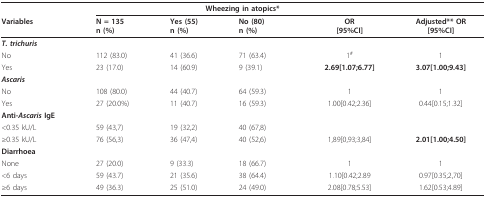
<table><thead><tr><td colspan="6"><b>Wheezing in atopics*</b></td></tr><tr><td><b>Variables</b></td><td><b>N = 135n (%)</b></td><td><b>Yes (55)n (%)</b></td><td><b>No (80)n (%)</b></td><td><b>OR[95%CI]</b></td><td><b>Adjusted** OR[95%CI]</b></td></tr></thead><tbody><tr><td><b><i>T. trichuris</i></b></td><td></td><td></td><td></td><td></td><td></td></tr><tr><td>No</td><td>112 (83.0)</td><td>41 (36.6)</td><td>71 (63.4)</td><td>1<sup>#</sup></td><td>1</td></tr><tr><td>Yes</td><td>23 (17.0)</td><td>14 (60.9)</td><td>9 (39.1)</td><td><b>2.69[1.07;6.77]</b></td><td><b>3.07[1.00;9.43]</b></td></tr><tr><td><b><i>Ascaris</i></b></td><td></td><td></td><td></td><td></td><td></td></tr><tr><td>No</td><td>108 (80.0)</td><td>44 (40.7)</td><td>64 (59.3)</td><td>1</td><td>1</td></tr><tr><td>Yes</td><td>27 (20.0%)</td><td>11 (40.7)</td><td>16 (59.3)</td><td>1.00[0.42;2.36]</td><td>0.44[0.15;1.32]</td></tr><tr><td><b>Anti-<i>Ascaris </i>IgE</b></td><td></td><td></td><td></td><td></td><td></td></tr><tr><td>&lt;0.35 kU/L</td><td>59 (43,7)</td><td>19 (32,2)</td><td>40 (67,8)</td><td></td><td></td></tr><tr><td>≥0.35 kU/L</td><td>76 (56,3)</td><td>36 (47,4)</td><td>40 (52,6)</td><td>1,89[0,93;3,84]</td><td><b>2.01[1.00;4.50]</b></td></tr><tr><td><b>Diarrhoea</b></td><td></td><td></td><td></td><td></td><td></td></tr><tr><td>None</td><td>27 (20.0)</td><td>9 (33.3)</td><td>18 (66.7)</td><td>1</td><td>1</td></tr><tr><td>&lt;6 days</td><td>59 (43.7)</td><td>21 (35.6)</td><td>38 (64.4)</td><td>1.10[0.42;2.89</td><td>0.97[0.35;2,70]</td></tr><tr><td>≥6 days</td><td>49 (36.3)</td><td>25 (51.0)</td><td>24 (49.0)</td><td>2.08[0.78;5.53]</td><td>1.62[0.53;4.89]</td></tr></tbody></table>